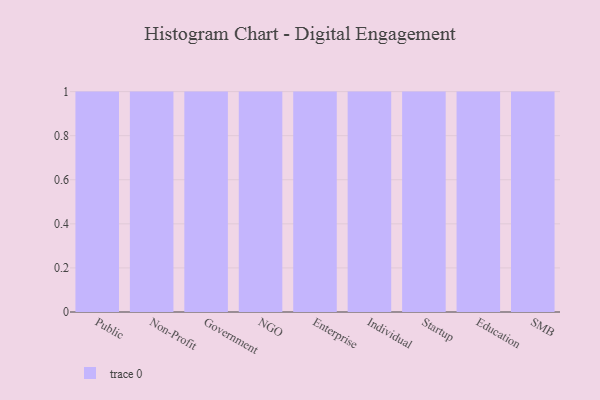
{"axis": {"x": "Segment", "y": "Operating Costs (USD K)"}, "legend": [""], "data": [{"x": "Public", "y": 19, "type": ""}, {"x": "Non-Profit", "y": 47, "type": ""}, {"x": "Government", "y": 80, "type": ""}, {"x": "NGO", "y": 24, "type": ""}, {"x": "Enterprise", "y": 60, "type": ""}, {"x": "Individual", "y": 7, "type": ""}, {"x": "Startup", "y": 54, "type": ""}, {"x": "Education", "y": 30, "type": ""}, {"x": "SMB", "y": 100, "type": ""}]}